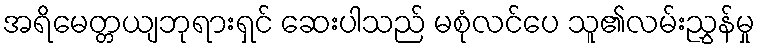
အရိမေတ္တယျဘုရားရှင် ဆေးပါသည် မစုံလင်ပေ သူ၏လမ်းညွှန်မှု